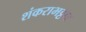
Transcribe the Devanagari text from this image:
शंकराभट्टार